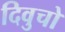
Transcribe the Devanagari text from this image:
दिवुचो